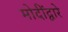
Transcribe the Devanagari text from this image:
मोदींद्वारे